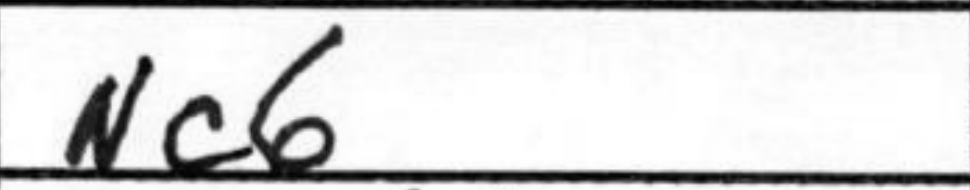
Transcription: Nc6